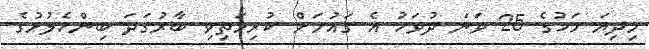
މިދިޔަ މަހުގެ 25 ވަނަ ދުވަހު އެ ގައުމަށް ކުރިމަތިވި ބާރުގަދަ ބިންހެލުމުގެ